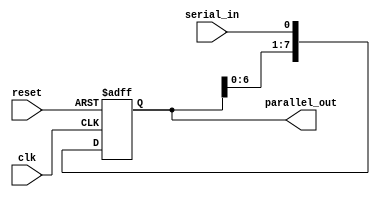
module SIPO_shift_register(
    input clk,
    input reset,
    input serial_in,
    output reg [7:0] parallel_out
);

reg [7:0] shift_reg;

always @(posedge clk or posedge reset) begin
    if (reset) begin
        shift_reg <= 8'b0;
    end else begin
        shift_reg <= {shift_reg[6:0], serial_in};
    end
end

assign parallel_out = shift_reg;

endmodule